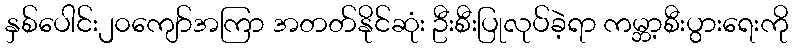
နှစ်ပေါင်း၂၀ကျော်အကြာ အတတ်နိုင်ဆုံး ဦးစီးပြုလုပ်ခဲ့ရာ ကမ္ဘာ့စီးပွားရေးကို